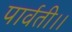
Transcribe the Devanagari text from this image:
पार्वती।।